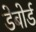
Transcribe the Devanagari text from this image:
डेबोर्ड